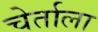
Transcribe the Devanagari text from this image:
चेर्ताला